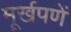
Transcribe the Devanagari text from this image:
मूर्खपणें